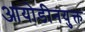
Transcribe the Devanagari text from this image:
आयोडीनयुक्त